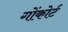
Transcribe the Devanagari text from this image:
गोंकोर्ट